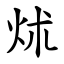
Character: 炢